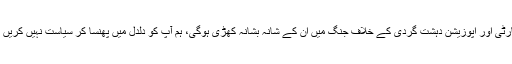
انہوں نے کہا کہ ہم وزیر اعظم کو یقین دلاتے ہیں کہ پیپلز پارٹی اور اپوزیشن دہشت گردی کے خلاف جنگ میں ان کے شانہ بشانہ کھڑی ہوگی، ہم آپ کو دلدل میں پھنسا کر سیاست نہیں کریں گے اور نہ کسی کو جمہوریت پر شب خون مارنے دیں گے۔